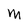
Character: M